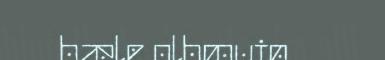
bæle olbmuin